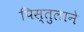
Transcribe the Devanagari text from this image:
पिस्तुलाने